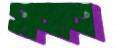
সামান